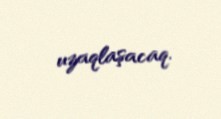
uzaqlaşacaq.